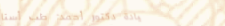
عيادة دكتور أحمد: طب أسنا